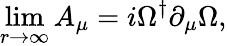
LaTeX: \operatorname*{lim}_{r\rightarrow\infty}A_{\mu}=i\Omega^{\dagger}\partial_{\mu}\Omega,